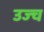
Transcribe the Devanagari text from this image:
उज्च